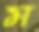
ম